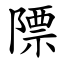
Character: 䧣